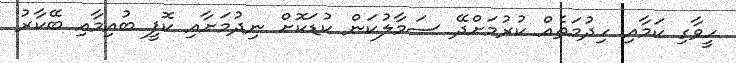
ހީވާގި ކަމާއި ހިދުމަތެއް ކުރުމަށްދޭ ސަމާލުކަން ކުޑަކޮށް ނިދުމަށާއި ކޮފީ ބުއިމާއި ބޭކާރު